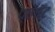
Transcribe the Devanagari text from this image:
प्‍लॉट